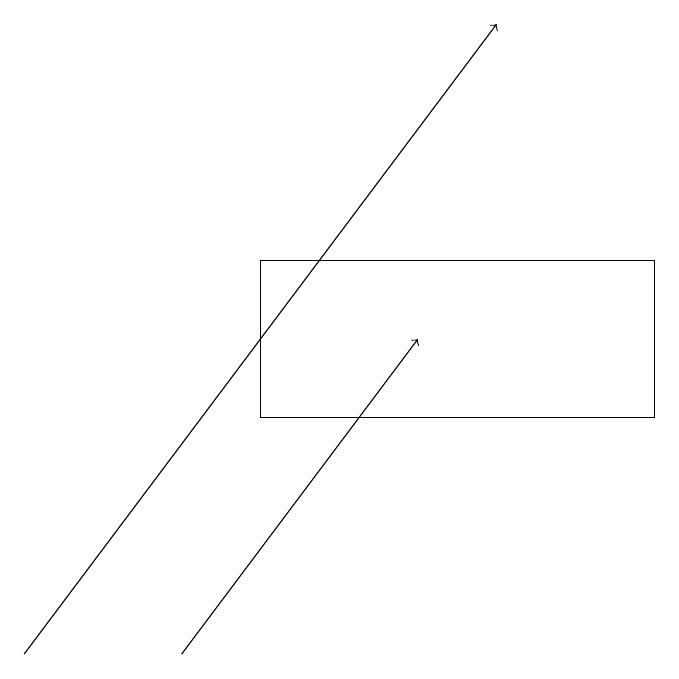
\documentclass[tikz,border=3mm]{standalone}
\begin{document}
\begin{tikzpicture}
\draw (4,15) rectangle (9,13);
\draw[->] (1,10) -- (7,18);
\draw[->] (3,10) -- (6,14);
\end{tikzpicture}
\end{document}